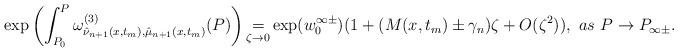
LaTeX: \begin{align*} \mathrm{exp}\left(\int_{P_{0}}^{P}\omega^{(3)}_{\hat{\nu}_{n+1}(x,t_{m}),\hat{\mu}_{n+1}(x,t_{m})}(P)\right) \mathop{=}\limits_{\zeta\rightarrow 0}\mathrm{exp}(w_{0}^{\infty\pm})(1+(M(x,t_{m})\pm\gamma_{n})\zeta+O(\zeta^{2})),~as~P\rightarrow P_{\infty\pm}. \end{align*}